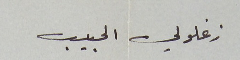
زغلولي الحبيب